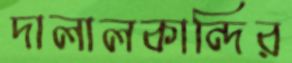
দালালকান্দির